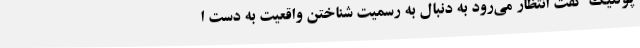
پوتنیک گفت انتظار می‌رود به دنبال به رسمیت شناختن واقعیت به دست ا